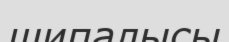
шипалысы